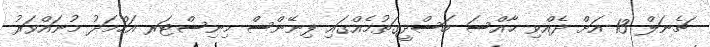
ޗެނަލް 13 އަށް ދެއްވި ޙާއްސަ ބަސްދީގަތުމެއްގައި ފިނޭންސް މިނިސްޓަރ އަހްމަދު މުނައްވަރު